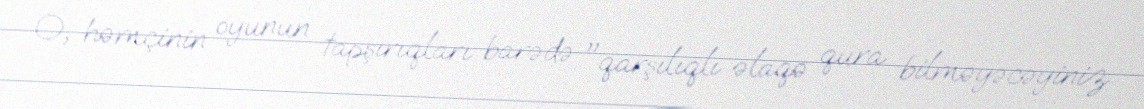
O, həmçinin oyunun tapşırıqları barədə "qarşılıqlı əlaqə qura bilməyəcəyiniz